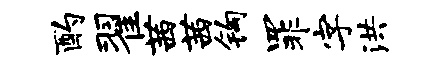
酌翟茜茜钩罪字洪